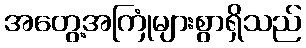
အတွေ့အကြုံများစွာရှိသည်